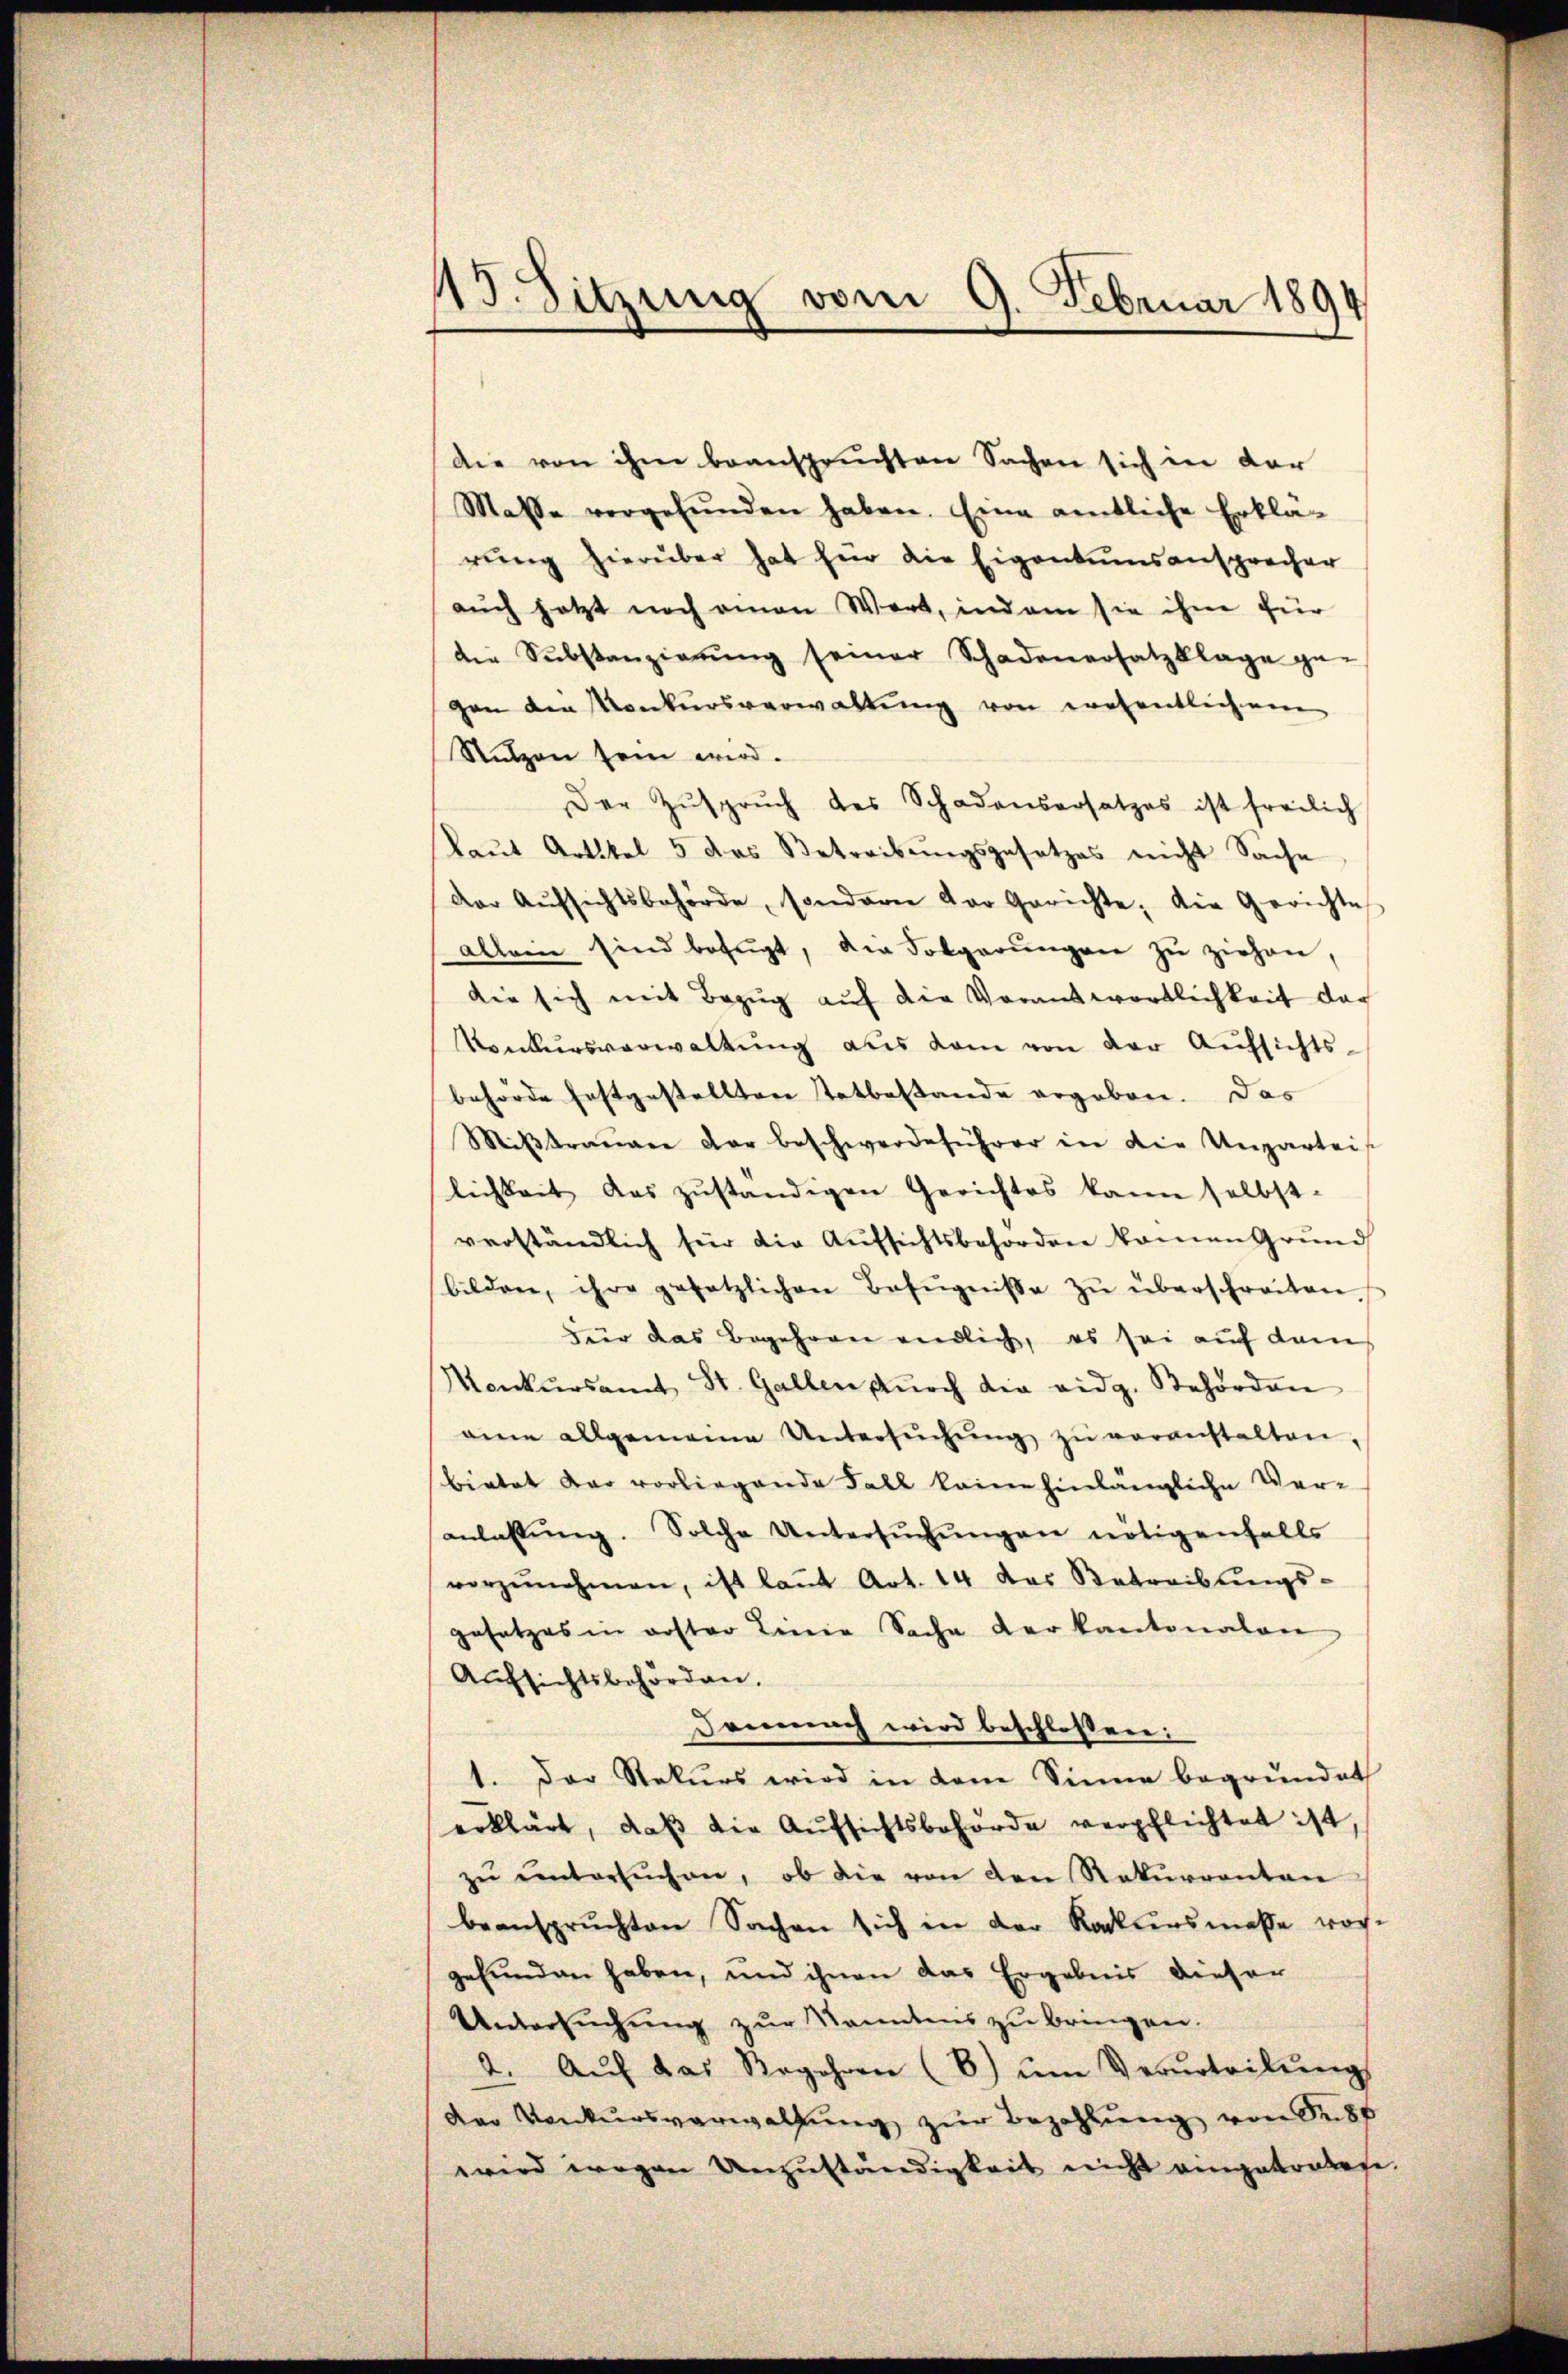
13. Sitzung vom 9. Februar 1894

die von ihm beanspruchten Sachen sich in der
Masse vorgefŭnden haben. Eine amtliche Erklä-
rŭng hierüber hat für die Eigentumsansprecher
aŭch jetzt noch einen Wert, indem sie ihme für
die Substanzierŭng seiner Schadenersatzklage ge-
gen den Konkursverwaltŭng von wesentlichem
Stützen sein wird.
Der Zŭsprŭch des Schadensersatzes ist freilich
kaŭt Artikel 5 das Betreibŭngsgesetzes nicht Sache
der Aŭfsichtsbehörde, sondern der Gerichte, die Gerichte
allein sind befugt, die Folgerŭngen zŭ ziehen,
die sich mit Bezŭg aŭf die Vorantwortlichkeit dar
Konkursverwaltung aus dem von der Aufsichts-
behörde festgestellten Tatbestande ergeben. Das
Miβtraŭen der beschwerdeführer in die Unparteis
lichkeit das zŭständigen Gerichtes kann selbst.
verständlich für die Aufsichtsbehörden kamen Grund
bilden, ihre gesetzlichen Bezŭgnisse zŭ überschreiben.
Für das Begehren endlich, es sei auf dem
Monkŭrsamt St. Gallen dŭrch die eidg. Behörden
aine allgemeine Untersŭchŭng zŭ veranstalten,
bietet dar vorliegende Fall keine hinlängliche Veranlassŭng. Solche Untersŭchŭngen nötigenfalls
vorzŭnehmen, ist laŭt Art. 14 das Betreibŭngs-
gesetzes in erster Linie Sache der kantonalen
Aŭfsichtsbehörden.
Demnach wird beschlossen:
1. Der Rekurs wird in dem Sinne begründet
erklärt, daβ die Aŭfsichtsbehörde verpflichtet ist
zu untersuchen, ob die von den Rekurrenten
beanspruchten Sachen sich in der Radkursmasse vor-
gefunden haben, und ihnen das Ergebnis diesen
Untersŭchŭng zŭr kanntens zu bringen.
2. Aŭf das Regehren (E) ŭm Verurteilŭng
der Konkursverwaltung zur Bezahlŭng von Sep
wird wegen Unzuständigkeit nicht angetratete.